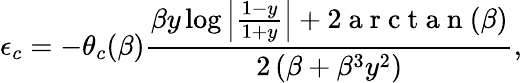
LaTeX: \epsilon_{c}=-\theta_{c}(\beta)\frac{\beta y\log\left|\frac{1-y}{1+y}\right|+2\mathrm{~a~r~c~t~a~n~}(\beta)}{2\left(\beta+\beta^{3}y^{2}\right)},